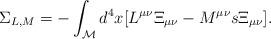
LaTeX: \begin{align*}\Sigma_{L,M} = - \int_{\cal M} d^{4}x \lbrack L^{\mu\nu} \Xi_{\mu\nu} - M^{\mu\nu} s \Xi_{\mu\nu} \rbrack .\end{align*}